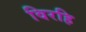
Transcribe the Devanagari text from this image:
विरहि